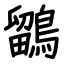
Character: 鶹